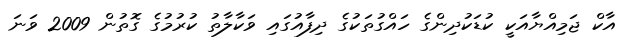
އާކް ޖަމިއްޔާއަކީ ކުޑަކުދިންގެ ހައްގުތަކުގެ ދިފާއުގައި ވަކާލާތު ކުރުމުގެ ގޮތުން 2009 ވަނަ